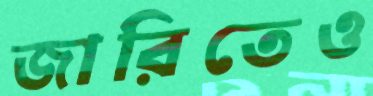
জারিতেও